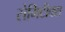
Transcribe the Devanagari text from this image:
सेमिटीक्स